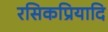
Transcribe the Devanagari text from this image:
रसिकप्रियादि